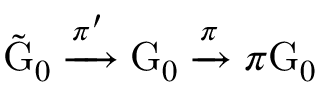
\tilde { \mathrm { G } } _ { 0 } \xrightarrow { \pi ^ { \prime } } \mathrm { G } _ { 0 } \xrightarrow { \pi } \pi \mathrm { G } _ { 0 }